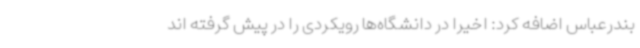
بندرعباس اضافه کرد: اخیراً در دانشگاه‌ها رویکردی را در پیش گرفته اند